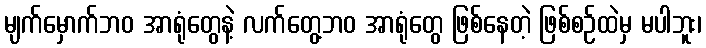
မျက်မှောက်ဘဝ အာရုံတွေနဲ့ လက်တွေ့ဘဝ အာရုံတွေ ဖြစ်နေတဲ့ ဖြစ်စဉ်ထဲမှ မပါဘူး၊